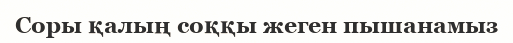
Соры қалың соққы жеген пышанамыз